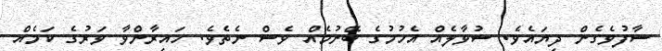
ސާފުވެގެން ދިޔައެވެ. ސުވާލެއް އެހުމުގެ ބޭނުމެއް ވެސް ނެތެވެ. ހައިރާންވާ ވަރުގެ ކަމެއް